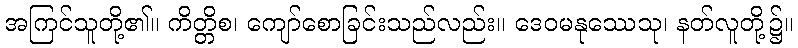
အကြင်သူတို့၏။ ကိတ္တိစ၊ ကျော်စောခြင်းသည်လည်း။ ဒေဝမနုဿေသု၊ နတ်လူတို့၌။